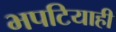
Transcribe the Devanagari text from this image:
भपटियाही